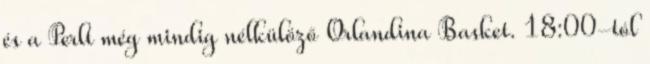
és a Perlt még mindig nélkülöző Orlandina Basket. 18:00-tól